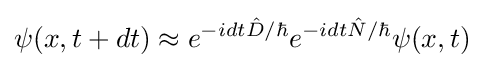
\psi (x,t+dt)\approx e^{-idt{\hat {D}}/\hbar }e^{-idt{\hat {N}}/\hbar }\psi (x,t)